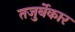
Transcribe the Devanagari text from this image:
तजुर्बेकार